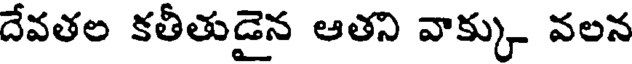
దేవతల కతీతుడైన ఆతని వాక్కు వలన